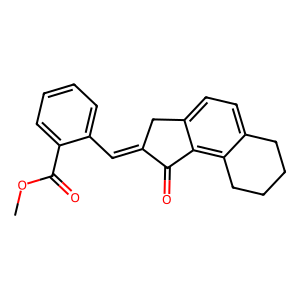
SMILES: COC(=O)c1ccccc1C=C1Cc2ccc3c(c2C1=O)CCCC3
Inhibits HIV replication: No